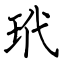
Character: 玳